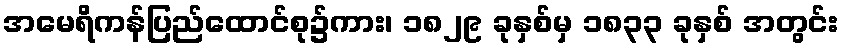
အမေရိကန်ပြည်ထောင်စု၌ကား၊ ၁၈၂၉ ခုနှစ်မှ ၁၈၃၃ ခုနှစ် အတွင်း